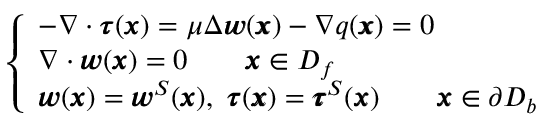
\left\{ \begin{array} { l l } { - \nabla \cdot { \pmb \tau } ( { \pmb x } ) = \mu \Delta { \pmb w } ( { \pmb x } ) - \nabla q ( { \pmb x } ) = 0 } \\ { \nabla \cdot { \pmb w } ( { \pmb x } ) = 0 \qquad { \pmb x } \in D _ { f } } \\ { { \pmb w } ( { \pmb x } ) = { \pmb w } ^ { S } ( { \pmb x } ) , \ { \pmb \tau } ( { \pmb x } ) = { \pmb \tau } ^ { S } ( { \pmb x } ) \qquad { \pmb x } \in \partial D _ { b } } \end{array} \right.